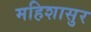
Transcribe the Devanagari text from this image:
महिशासुर